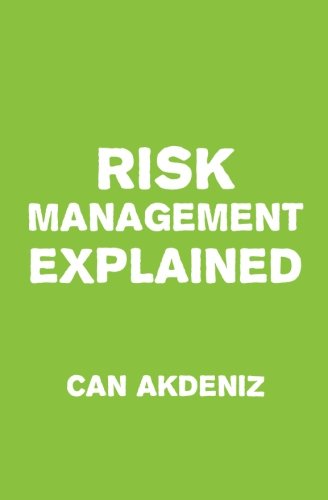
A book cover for Risk Management Explained; Can Akdeniz; Business & Money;